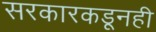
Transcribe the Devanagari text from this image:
सरकारकडूनही